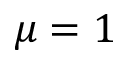
\mu = 1